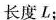
长度L；